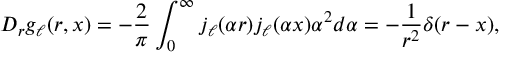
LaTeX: { \cal D } _ { r } g _ { \ell } ( r , x ) = - \frac { 2 } { \pi } \int _ { 0 } ^ { \infty } j _ { \ell } ( { \alpha } r ) j _ { \ell } ( { \alpha } x ) { \alpha } ^ { 2 } d { \alpha } = - \frac { 1 } { r ^ { 2 } } { \delta } ( r - x ) ,